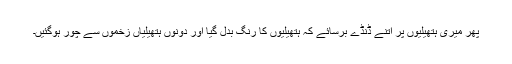
پھر میری ہتھیلیوں پر اتنے ڈنڈے برسائے کہ ہتھیلیوں کا رنگ بدل گیا اور دونوں ہتھیلیاں زخموں سے چُور ہوگئیں۔